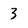
Character: 3